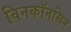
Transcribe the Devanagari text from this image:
विनकॉनसिन